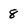
Character: 8